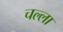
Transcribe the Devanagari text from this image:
चल्ला